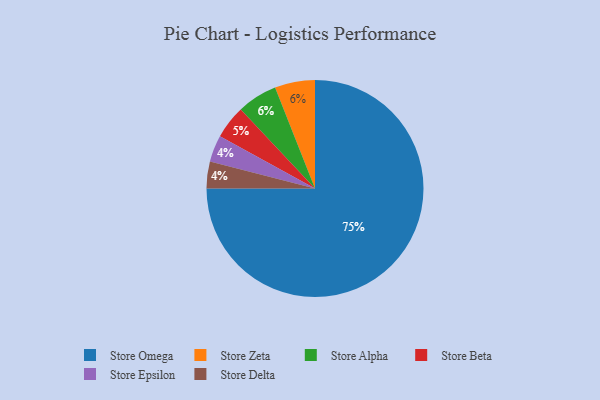
{"axis": {"x": "Category", "y": "Percentage"}, "legend": ["Store Alpha", "Store Beta", "Store Delta", "Store Epsilon", "Store Omega", "Store Zeta"], "data": [{"x": "Store Epsilon", "y": 4, "type": "Store Epsilon"}, {"x": "Store Delta", "y": 4, "type": "Store Delta"}, {"x": "Store Zeta", "y": 6, "type": "Store Zeta"}, {"x": "Store Alpha", "y": 6, "type": "Store Alpha"}, {"x": "Store Omega", "y": 75, "type": "Store Omega"}, {"x": "Store Beta", "y": 5, "type": "Store Beta"}]}